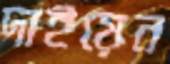
দাইয়েন